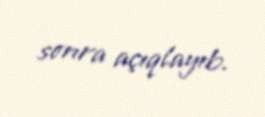
sonra açıqlayıb.